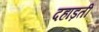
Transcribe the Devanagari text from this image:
दहाड़ती